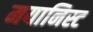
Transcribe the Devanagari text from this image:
मयानिस्ट